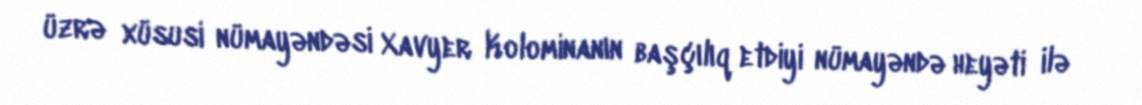
üzrə xüsusi nümayəndəsi Xavyer Kolominanın başçılıq etdiyi nümayəndə heyəti ilə